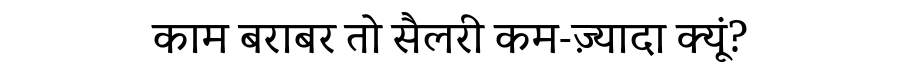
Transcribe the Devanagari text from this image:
काम बराबर तो सैलरी कम-ज़्यादा क्यूं?